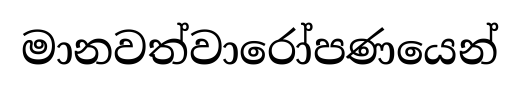
මානවත්වාරෝපණයෙන්